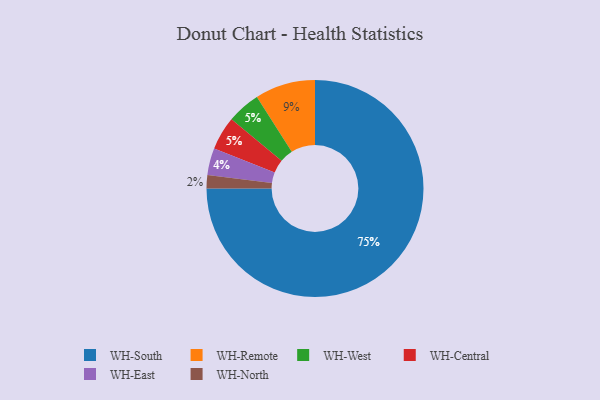
{"axis": {"x": "Category", "y": "Percentage"}, "legend": ["WH-Central", "WH-East", "WH-North", "WH-Remote", "WH-South", "WH-West"], "data": [{"x": "WH-South", "y": 75, "type": "WH-South"}, {"x": "WH-Remote", "y": 9, "type": "WH-Remote"}, {"x": "WH-North", "y": 2, "type": "WH-North"}, {"x": "WH-East", "y": 4, "type": "WH-East"}, {"x": "WH-West", "y": 5, "type": "WH-West"}, {"x": "WH-Central", "y": 5, "type": "WH-Central"}]}